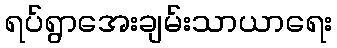
ရပ်ရွာအေးချမ်းသာယာရေး